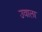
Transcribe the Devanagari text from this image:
उवाला